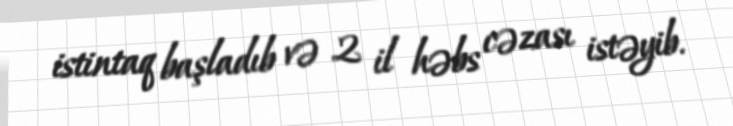
istintaq başladıb və 2 il həbs cəzası istəyib.